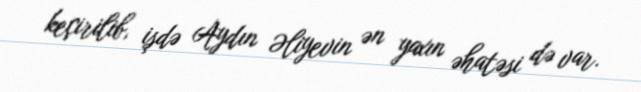
keçirilib, işdə Aydın Əliyevin ən yaxın əhatəsi də var.